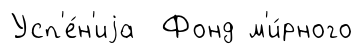
Усп'е́н'иjа Фонд м'и́рного